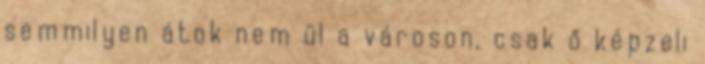
semmilyen átok nem ül a városon, csak ő képzeli